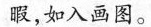
暇，如入画图。